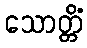
သောတ္တိံ